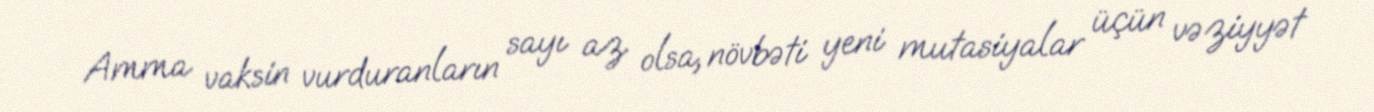
Amma vaksin vurduranların sayı az olsa, növbəti yeni mutasiyalar üçün vəziyyət